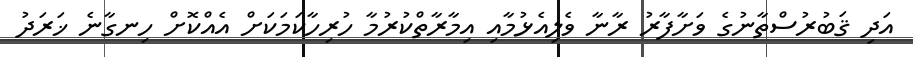
އަދި ޤަބުރުސްތާނުގެ ވަށާފާރު ރާނާ ވެލިއެޅުމާއި އިމާރާތްކުރުމާ ހުރިހާކަމަކަށް އެއްކޮށް ހިނގާނެ ޚަރަދު